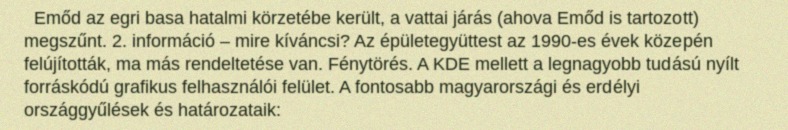
Emőd az egri basa hatalmi körzetébe került, a vattai járás (ahova Emőd is tartozott) megszűnt. 2. információ – mire kíváncsi? Az épületegyüttest az 1990-es évek közepén felújították, ma más rendeltetése van. Fénytörés. A KDE mellett a legnagyobb tudású nyílt forráskódú grafikus felhasználói felület. A fontosabb magyarországi és erdélyi országgyűlések és határozataik: